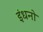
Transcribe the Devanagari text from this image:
इंधनो